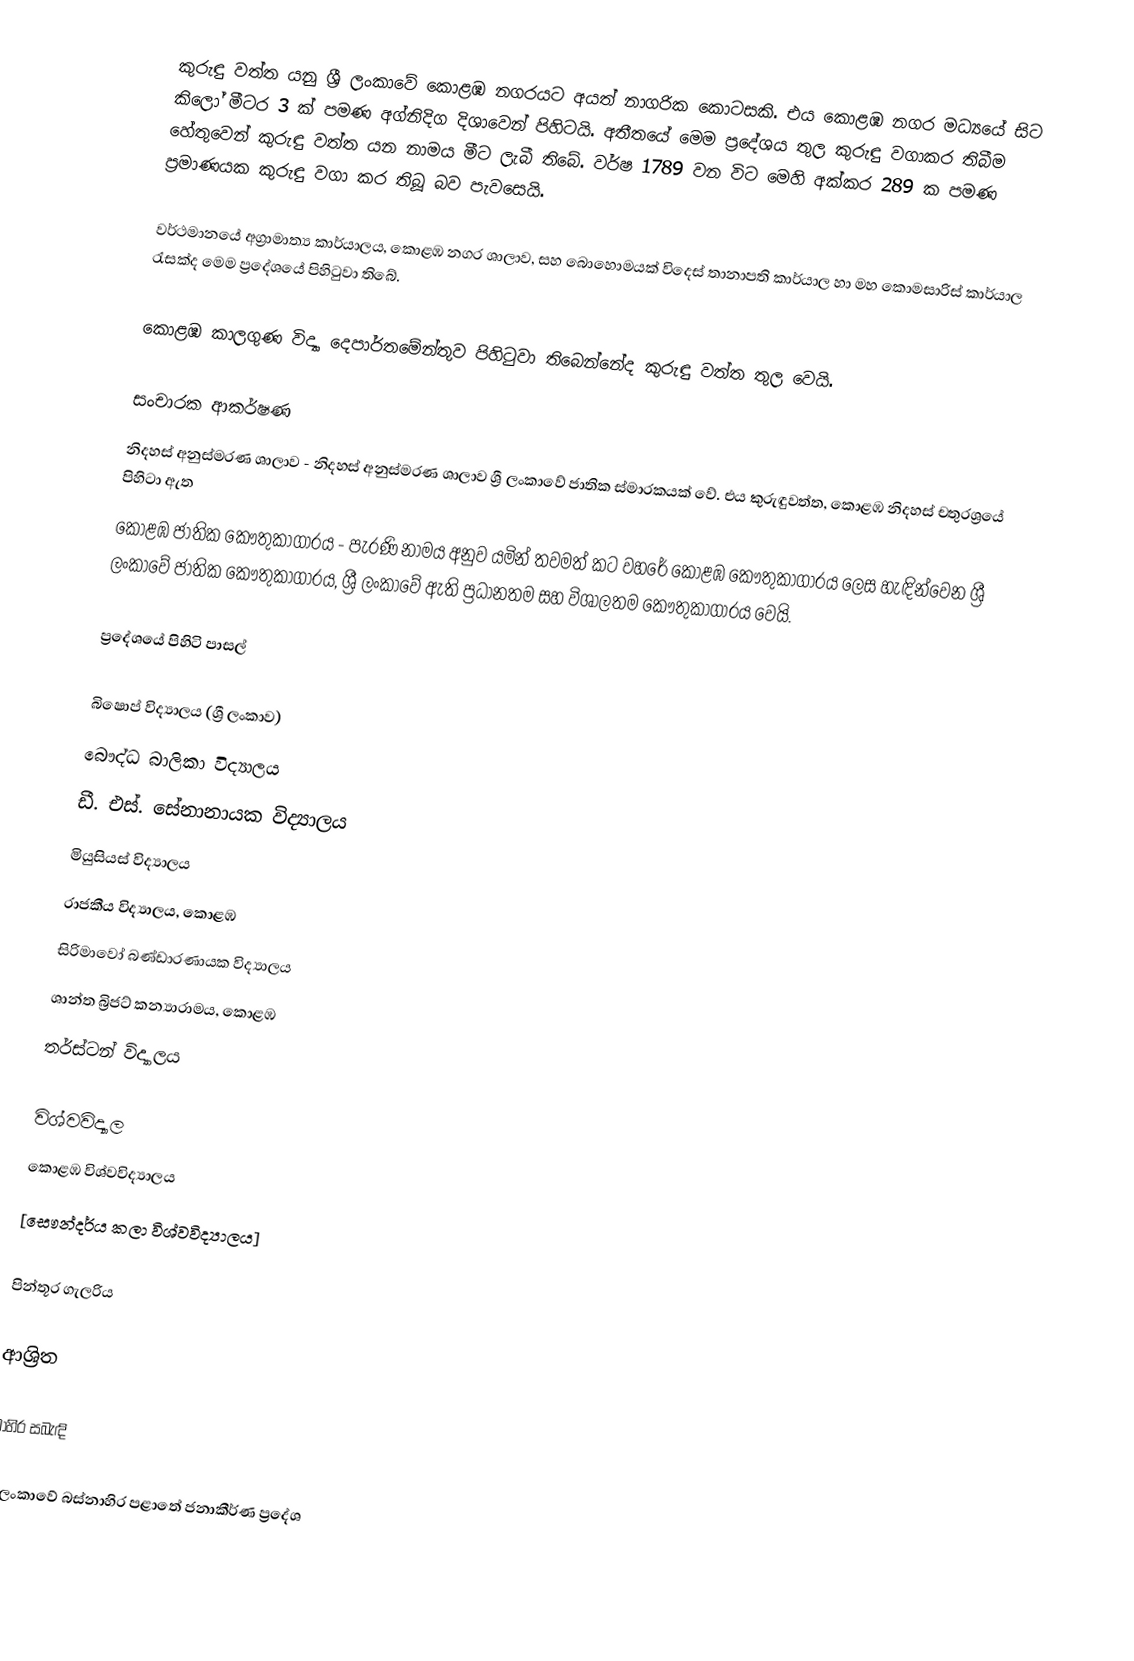
කුරුඳු වත්ත යනු ශ්‍රී ලංකාවේ කොළඹ නගරයට අයත් නාගරික කොටසකි. එය කොළඹ නගර මධ්‍යයේ සිට කිලෝ මීටර 3 ක් පමණ අග්නිදිග දිශාවෙන් පිහිටයි. අතීතයේ මෙම ප්‍රදේශය තුල කුරුඳු වගාකර තිබීම හේතුවෙන් කුරුඳු වත්ත යන නාමය මීට ලැබී තිබේ. වර්ෂ 1789 වන විට මෙහි අක්කර 289 ක පමණ ප්‍රමාණයක කුරුඳු වගා කර තිබූ බව පැවසෙයි.

වර්ථමානයේ අග්‍රාමාත්‍ය කාර්යාලය, කොළඹ නගර ශාලාව, සහ බොහොමයක් විදෙස් තානාපති කාර්යාල හා මහ කොමසාරිස් කාර්යාල රැසක්ද මෙම ප්‍රදේශයේ පිහිටුවා තිබේ.

කොළඹ කාලගුණ විද්‍යා දෙපාර්තමේන්තුව පිහිටුවා තිබෙන්නේද කුරුඳු වත්ත තුල වෙයි.

සංචාරක ආකර්ෂණ
නිදහස් අනුස්මරණ ශාලාව - නිදහස් අනුස්මරණ ශාලාව ශ්‍රී ලංකාවේ ජාතික ස්මාරකයක් වේ. එය කුරුඳුවත්ත, කොළඹ නිදහස් චතුරශ්‍රයේ පිහිටා ඇත
කොළඹ ජාතික කෞතුකාගාරය - පැරණි නාමය අනුව යමින් තවමත් කට වහරේ කොළඹ කෞතුකාගාරය ලෙස හැඳින්වෙන ශ්‍රී ලංකාවේ ජාතික කෞතුකාගාරය, ශ්‍රී ලංකාවේ ඇති ප්‍රධානතම සහ විශාලතම කෞතුකාගාරය වෙයි.

ප්‍රදේශයේ පිහිටි පාසල්

බිෂොප් විද්‍යාලය (ශ්‍රී ලංකාව)
බෞද්ධ බාලිකා විද්‍යාලය
ඩී. එස්. සේනානායක විද්‍යාලය
මියුසියස් විද්‍යාලය
රාජකීය විද්‍යාලය, කොළඹ
සිරිමාවෝ බණ්ඩාරණායක විද්‍යාලය
ශාන්ත බ්‍රිජට් කන්‍යාරාමය, කොළඹ
තර්ස්ටන් විද්‍යාලය

විශ්වවිද්‍යාල
කොළඹ විශ්වවිද්‍යාලය
[සෞන්දර්ය කලා විශ්වවිද්‍යාලය]

පින්තූර ගැලරිය

ආශ්‍රිත

බාහිර සබැඳි

ශ්‍රී ලංකාවේ බස්නාහිර පළාතේ ජනාකීර්ණ ප්‍රදේශ